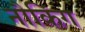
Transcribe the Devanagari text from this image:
नौकिंग